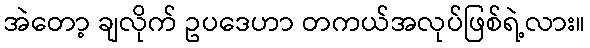
အဲတော့ ချလိုက် ဥပဒေဟာ တကယ်အလုပ်ဖြစ်ရဲ့လား။